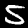
Label: 5